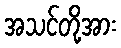
အသင်တို့အား